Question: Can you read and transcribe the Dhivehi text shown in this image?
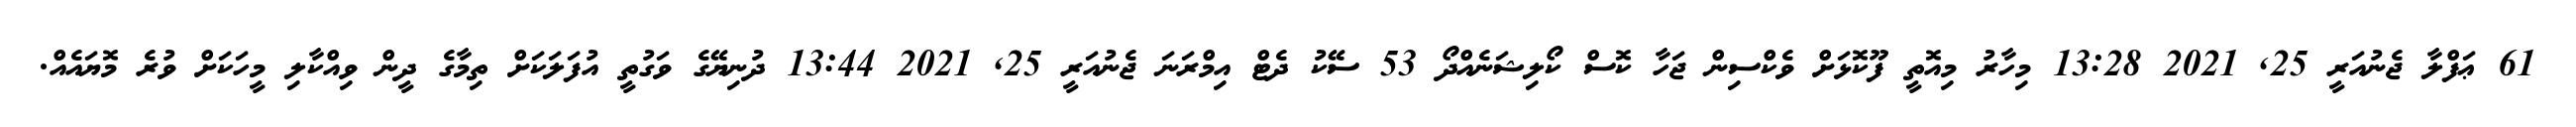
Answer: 61 ޢަފްލާ ޖެނުއަރީ 25, 2021 13:28 މިހާރު މިއޮތީ ފޫކޮޅަށް ވެކްސިން ޖަހާ ކޮސް ކޯލިޝަނެއްދޯ 53 ސޭކު ދެޓް އިމްރަނަ ޖެނުއަރީ 25, 2021 13:44 ދުނިޔޭގެ ވަގުތީ އުފަލަކަށް ތިމާގެ ދީން ވިއްކާލި މީހަކަށް ވުރެ މޮޔައެއް.